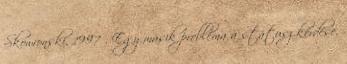
Skowronski, 1997 . Egy másik probléma a státusz kérdése.